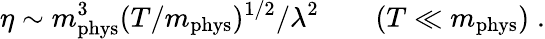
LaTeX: \eta\sim m_{\mathrm{phys}}^{3}(T/m_{\mathrm{phys}})^{1/2}/\lambda^{2}\qquad(T\ll m_{\mathrm{phys}})\; .